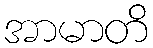
အာမာတိ